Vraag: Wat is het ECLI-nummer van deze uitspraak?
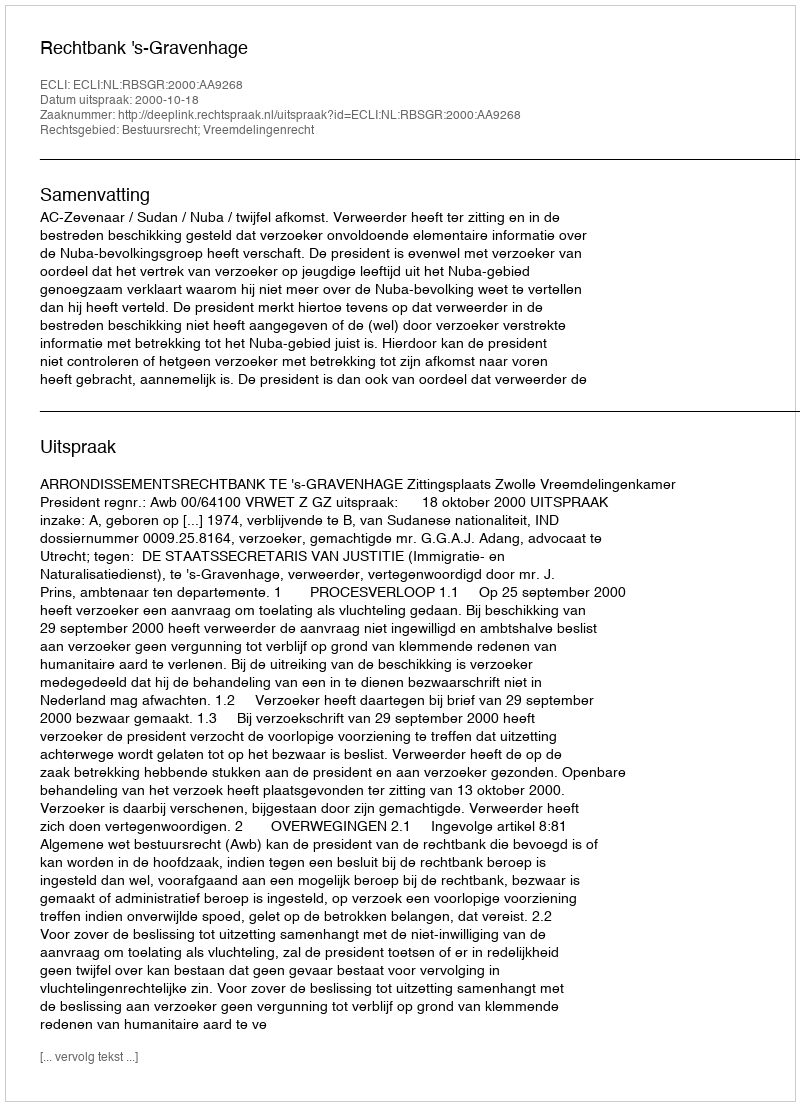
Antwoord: ECLI:NL:RBSGR:2000:AA9268